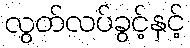
လွတ်လပ်ခွင့်နှင့်